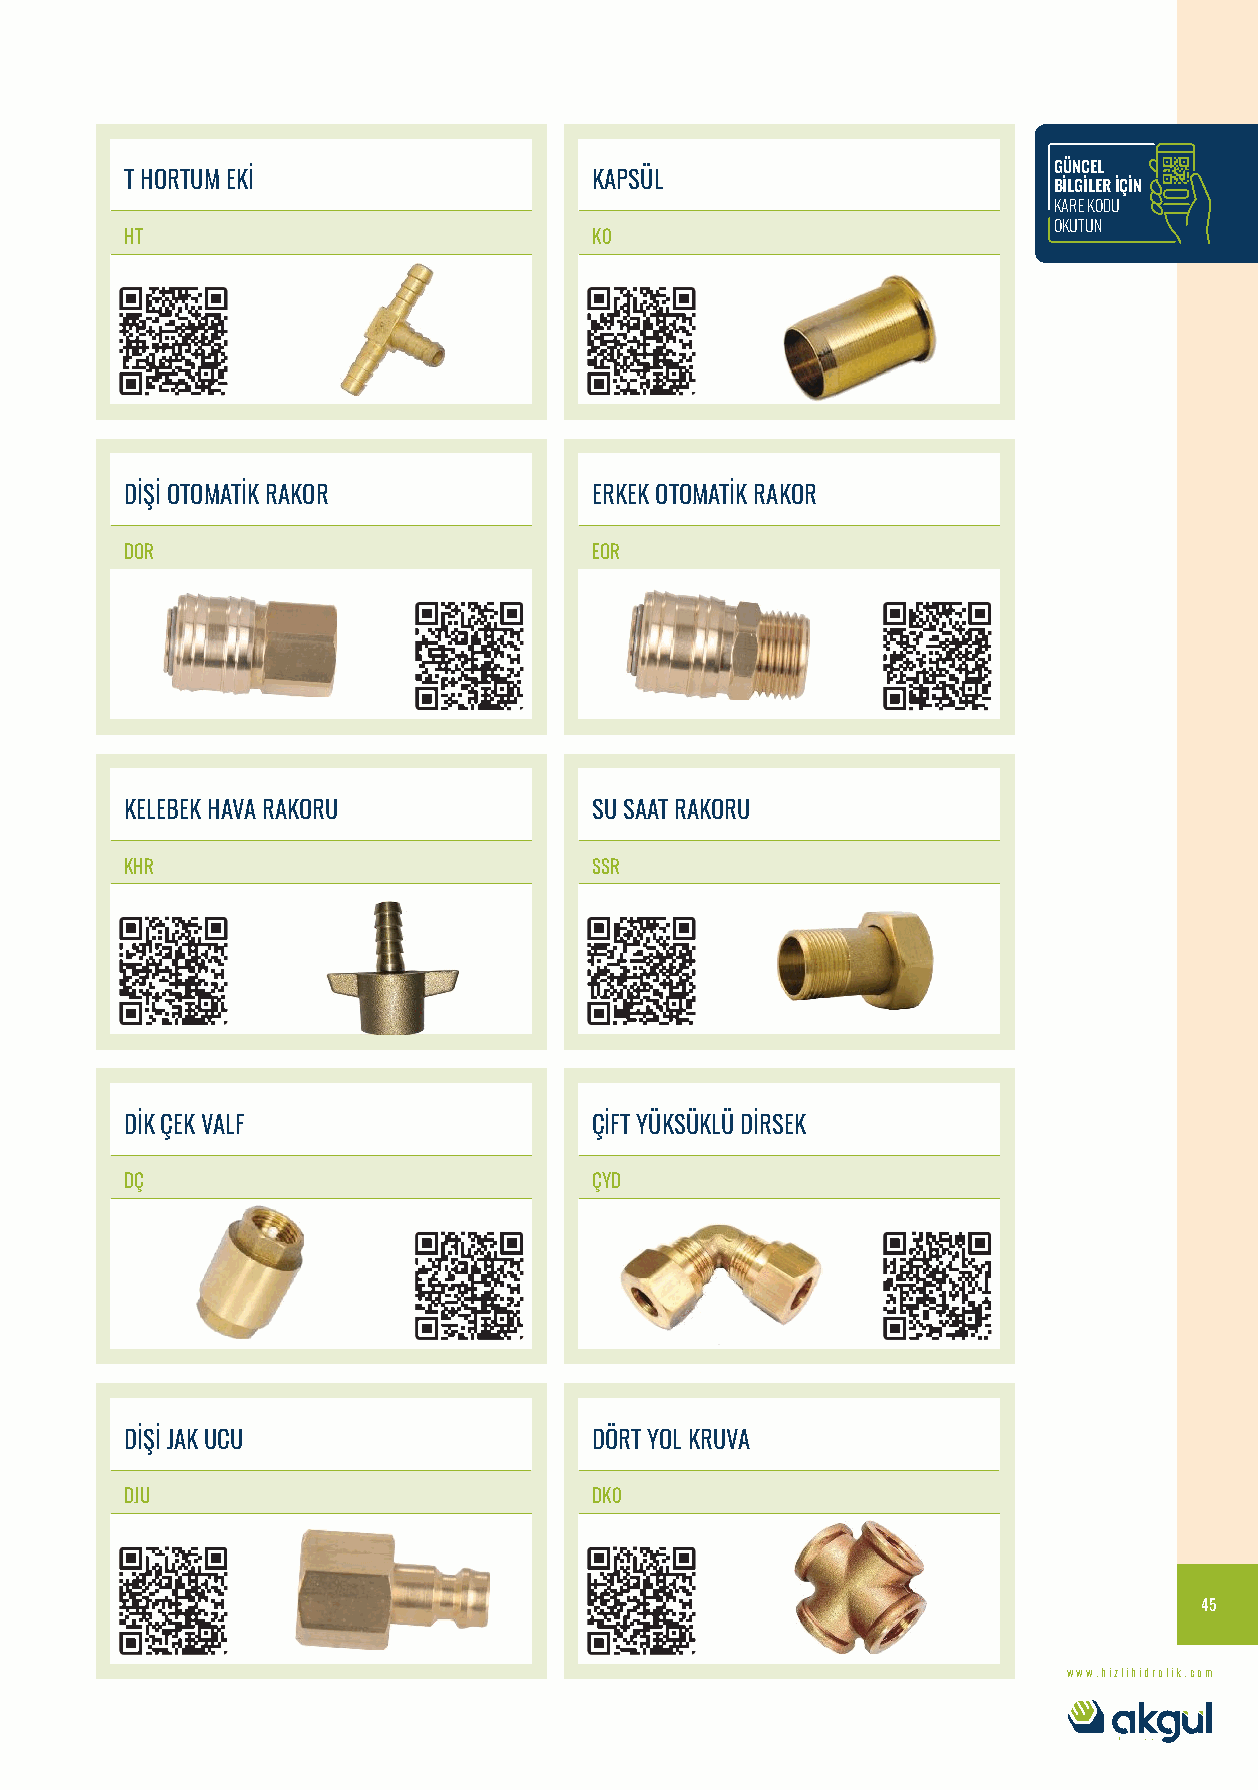
GÜNCEL
 T HORTUM EKİ                   KAPSÜL
 BİLGİLER İÇİN
 KARE KODU
 OKUTUN
 HT                             K0
 DİŞİ OTOMATİK RAKOR            ERKEK OTOMATİK RAKOR
 DOR                            EOR
 KELEBEK HAVA RAKORU            SU SAAT RAKORU
 KHR                            SSR
 DİK ÇEK VALF                   ÇİFT YÜKSÜKLÜ DİRSEK
 DÇ                             ÇYD
 DİŞİ JAK UCU                   DÖRT YOL KRUVA
 DJU                            DK0
 45
 www.hizlihidrolik.com